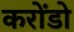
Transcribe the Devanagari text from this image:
करोंडो